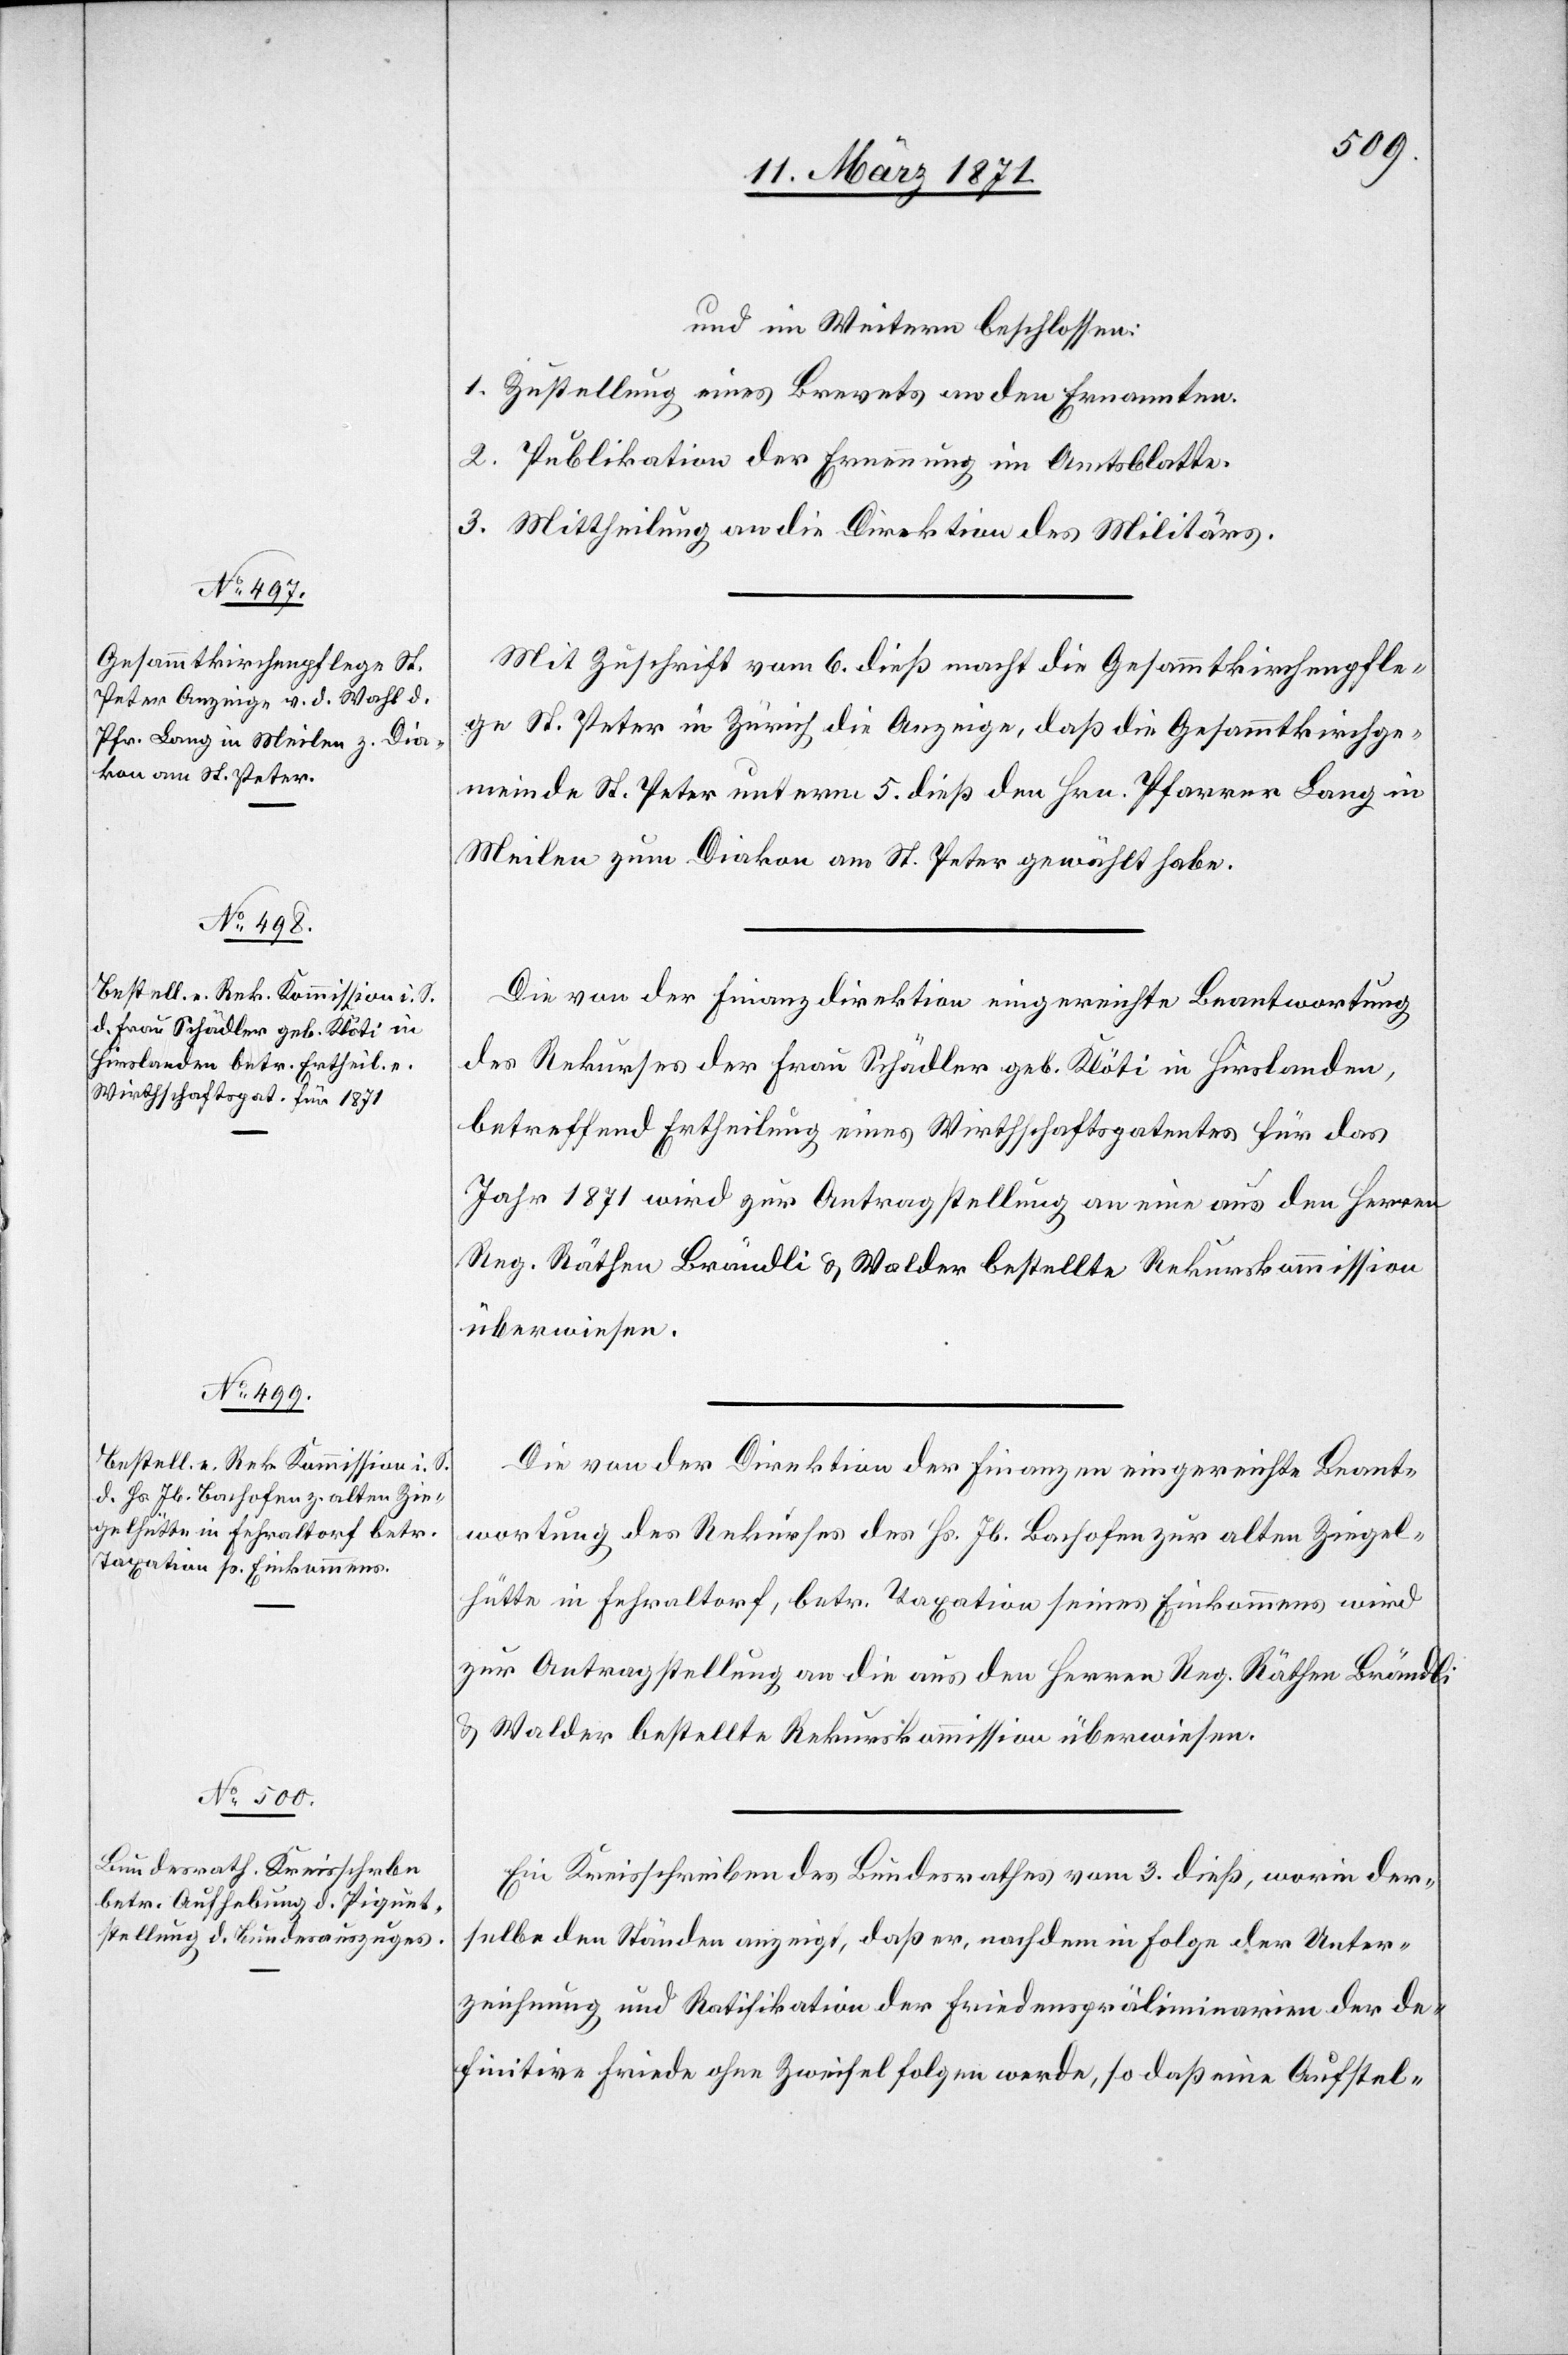
und im Weitern beschlossen:
1. Zustellung eines Brevets an den Ernannten.
2. Publikation der Ernennung im Amtsblatte.
3. Mittheilung an die Direktion des Militärs.
Mit Zuschrift vom 6. dieß macht die Gesammtkirchenpfle¬
ge St. Peter in Zürich die Anzeige, daß die Gesammtkirchenge¬
meinde St. Peter unterm 5. dieß den Hrn. Pfarrer Lang in
Meilen zum Diakon am St. Peter gewählt habe.
Die von der Finanzdirektion eingereichte Beantwortung
des Rekurses der Frau Schädler geb. Klöti in Hirslanden,
betreffend Ertheilung eines Wirtschaftspatentes für das
Jahr 1871 wird zur Antragstellung an eine aus den Herren
Reg. Räthen Brändli u. Walder bestellte Rekurskommission
überwiesen.
Die von der Direktion der Finanzen eingereichte Beant¬
wortung des Rekurses des Hs. Jb. Bachofner zur alten Ziegel¬
hütte in Fehraltorf, betr. Taxation seines Einkommens wird
zur Antragstellung an die aus den Herren Reg. Räthen Brändli
u. Walder bestellte Rekurskommission überwiesen.
Ein Kreisschreiben des Bundesrathes vom 3. dieß, worin der¬
selbe den Ständen anzeigt, daß er, nachdem in Folge der Unter¬
zeichnung und Ratifikation der Friedenspräliminarien der de¬
finitive Friede ohne Zweifel folgen werde, so daß eine Aufstel-